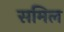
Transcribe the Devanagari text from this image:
समिल